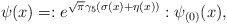
\begin{align*}\psi(x) = :e^{\sqrt\pi\gamma_5(\sigma(x) + \eta(x))}:\psi_{(0)}(x), \end{align*}